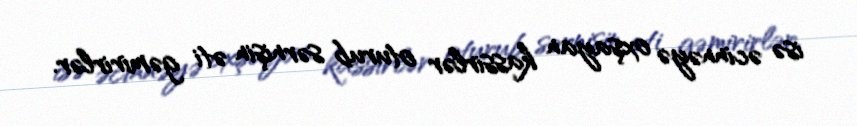
isə əcinnəyə oxşayan kassirlər oturub sərnişin əti gəmirirlər.